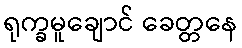
ရုက္ခမူချောင် ခေတ္တနေ